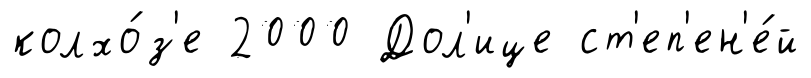
колхо́з'е 2000 Дол'ице ст'еп'ен'е́й